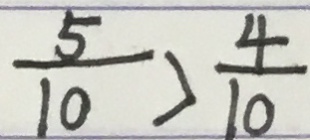
\frac { 5 } { 1 0 } > \frac { 4 } { 1 0 }